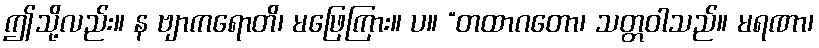
ဤသို့လည်း။ န ဗျာကရောတိ၊ မဖြေကြား။ ပ။ “တထာဂတော၊ သတ္တဝါသည်။ မရဏာ၊